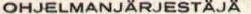
OHJELMANJÄRJESTÄJÄ